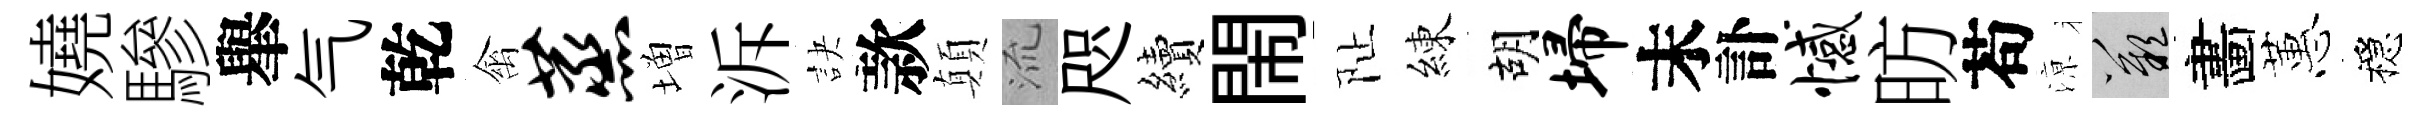
嬈驂𦦙气乾禽蒸増泝訣款顛𣴑咫續閙阯練胡埽末訃憾昉苟鿌嘆畵蕙穩